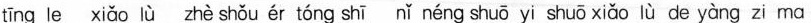
tīng le xiǎo lù zhè shǒu ér tóng shī nǐ néng shuō yi shuō xiǎo lù de yàng zi ma